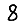
Digit: 8